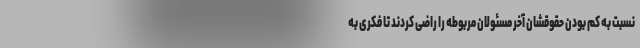
نسبت به کم بودن حقوقشان آخر مسئولان مربوطه را راضی کردند تا فکری به